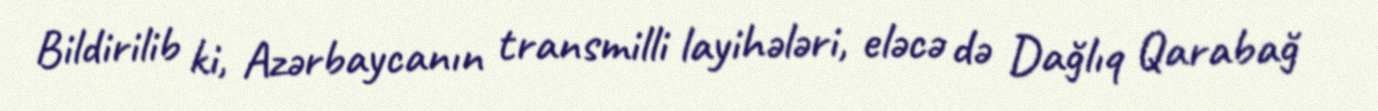
Bildirilib ki, Azərbaycanın transmilli layihələri, eləcə də Dağlıq Qarabağ